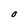
Character: O